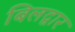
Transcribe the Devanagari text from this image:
बिलद्वार